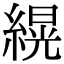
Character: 縨